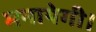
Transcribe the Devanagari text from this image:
मनायेगी।